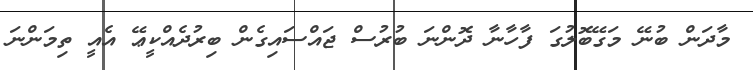
މާދަން ބުނޭ މަގޭބޮލުގަ ފާހާނާ ދޮންނަ ބުރުސް ޖައްސައިގެން ބިރުދެއްކީޢޭ އެއީ ތިމަންނަ